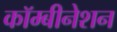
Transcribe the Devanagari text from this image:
कॉम्बीनेशन